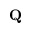
\mathbf { Q }